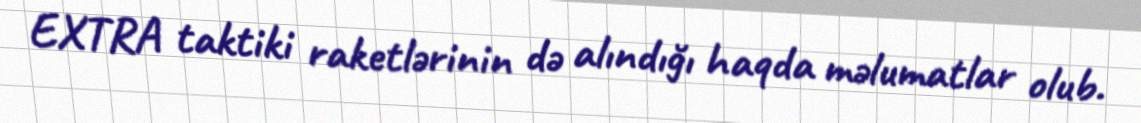
EXTRA taktiki raketlərinin də alındığı haqda məlumatlar olub.